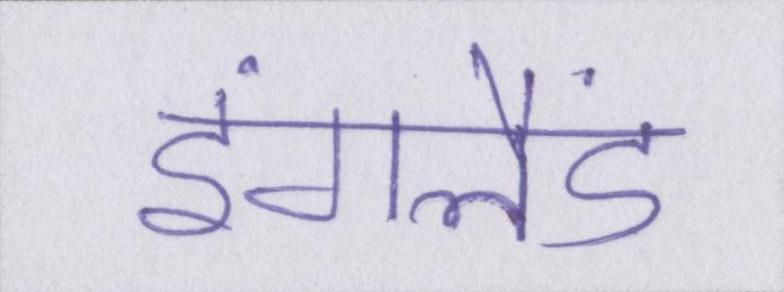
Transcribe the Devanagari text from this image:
इंगलैंड